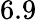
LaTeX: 6.9